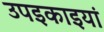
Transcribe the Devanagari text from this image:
उपइकाइयां